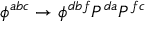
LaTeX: \phi ^ { a b c } \rightarrow \phi ^ { d b f } P ^ { d a } P ^ { f c }